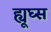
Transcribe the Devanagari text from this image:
ह्यूघ्स